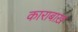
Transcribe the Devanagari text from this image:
काराबाख़